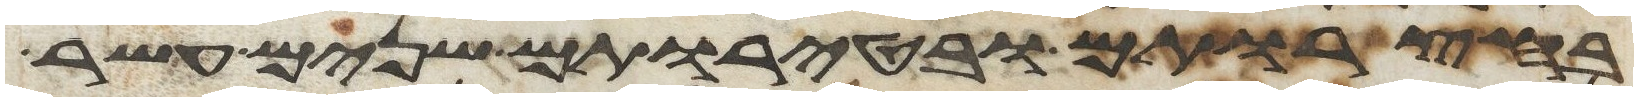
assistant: בחצרותם ובטירתם שנים עשר